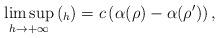
LaTeX: \begin{align*} \limsup_{h \to +\infty} {(_h)} = c\left( \alpha(\rho) - \alpha(\rho') \right), \end{align*}